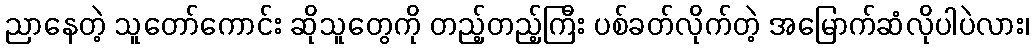
ညာနေတဲ့ သူတော်ကောင်း ဆိုသူတွေကို တည့်တည့်ကြီး ပစ်ခတ်လိုက်တဲ့ အမြောက်ဆံလိုပါပဲလား၊